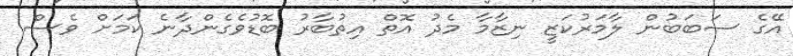
އޭގެ ސަބަބުން ލާމަރުކަޒީ ނިޒާމާ މެދު އޮތް އިތުބާރު ބޮޑުވެގެންދާނެ ކަމަށް ވެސް